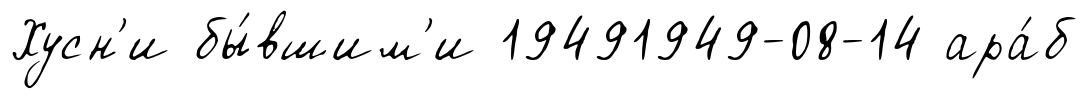
Хусн'и бы́вшим'и 19491949-08-14 ара́б